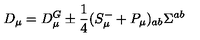
D _ { \mu } = D _ { \mu } ^ { G } \pm \frac 1 4 ( S _ { \mu } ^ { - } + P _ { \mu } ) _ { a b } \Sigma ^ { a b }